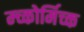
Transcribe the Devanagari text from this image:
म्च्कोर्मिच्क